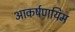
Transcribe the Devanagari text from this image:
आकर्षणयिम